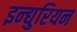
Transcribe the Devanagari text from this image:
इन्द्युरियन